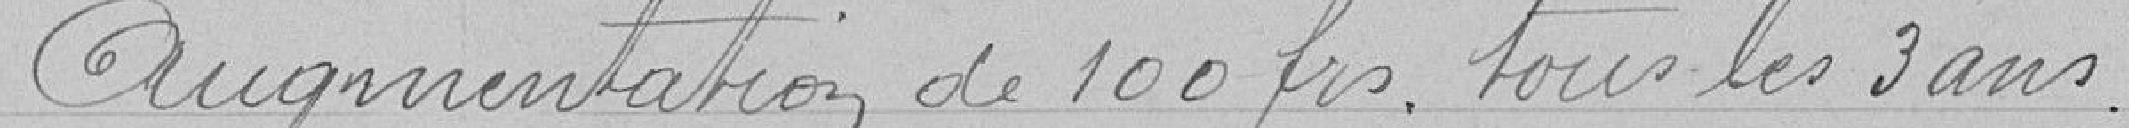
Augmentation de 100 francs tous les 3 ans